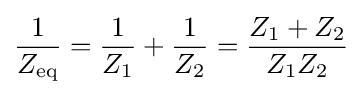
{\frac {1}{Z_{\text{eq}}}}={\frac {1}{Z_{1}}}+{\frac {1}{Z_{2}}}={\frac {Z_{1}+Z_{2}}{Z_{1}Z_{2}}}